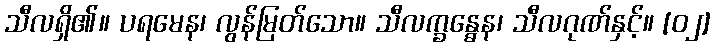
သီလရှိ၏။ ပရမေန၊ လွန်မြတ်သော။ သီလက္ခန္ဓေန၊ သီလဂုဏ်နှင့်။ [၀၂]